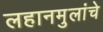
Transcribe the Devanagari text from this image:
लहानमुलांचे